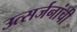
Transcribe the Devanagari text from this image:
उत्सर्जनांची